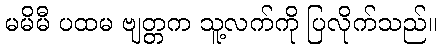
မမိမီ ပထမ ဗျတ္တက သူ့လက်ကို ပြလိုက်သည်။